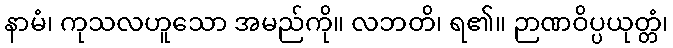
နာမံ၊ ကုသလဟူသော အမည်ကို။ လဘတိ၊ ရ၏။ ဉာဏဝိပ္ပယုတ္တံ၊